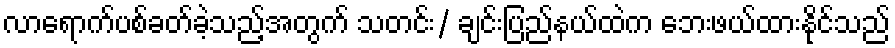
လာရောက်ပစ်ခတ်ခဲ့သည့်အတွက် သတင်း/ ချင်းပြည်နယ်ထဲက ဘေးဖယ်ထားနိုင်သည်